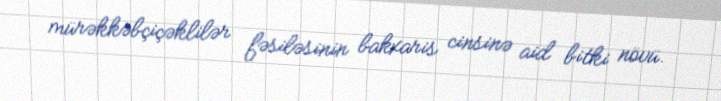
mürəkkəbçiçəklilər fəsiləsinin bakxaris cinsinə aid bitki növü.